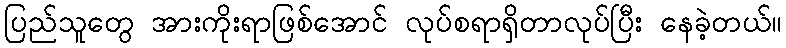
ပြည်သူတွေ အားကိုးရာဖြစ်အောင် လုပ်စရာရှိတာလုပ်ပြီး နေခဲ့တယ်။